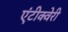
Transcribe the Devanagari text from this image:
एंटीक्वेरी